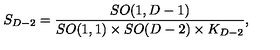
S _ { D - 2 } = { \frac { S O ( 1 , D - 1 ) } { S O ( 1 , 1 ) \times S O ( D - 2 ) \times K _ { D - 2 } } } ,